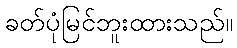
ခတ်ပုံမြင်ဘူးထားသည်။